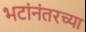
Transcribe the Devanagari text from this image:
भटांनंतरच्या